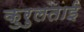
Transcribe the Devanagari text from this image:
कुरुलताई